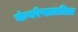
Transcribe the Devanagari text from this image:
कंबरेखालील